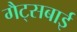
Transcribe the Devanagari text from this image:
गैट्सबाई